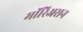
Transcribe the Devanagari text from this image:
मॉरिअसन